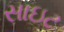
સાઇટ